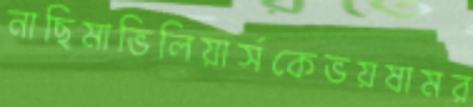
নাছিমাভিলিয়ার্সকেভয়ষামর